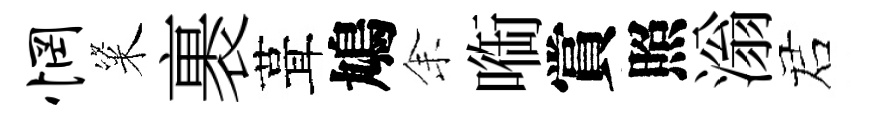
惘粢裹葺鳩𪜬㗸賞照滃诺